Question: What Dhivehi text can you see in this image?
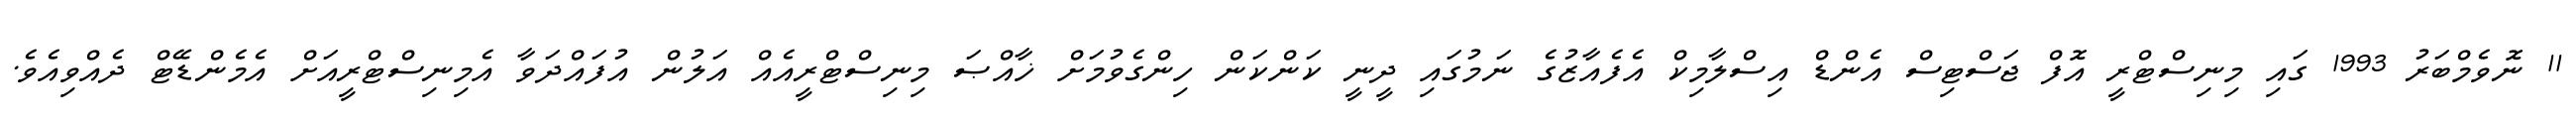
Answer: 11 ނޮވެމްބަރު 1993 ގައި މިނިސްޓްރީ އޮފް ޖަސްޓިސް އެންޑް އިސްލާމިކް އެފެއާޒުގެ ނަމުގައި ދީނީ ކަންކަން ހިންގެވުމަށް ޚާއްޞަ މިނިސްޓްރީއެއް އަލުން އުފައްދަވާ އެމިނިސްޓްރީއަށް އެމެންޑޭޓް ދެއްވިއެވެ.